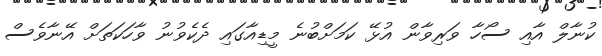
ކުނާލް އާއި ސޯހާ ވަރިވާން އުޅޭ ކަމަށްބުނެ މީޑިއާގައި ދެކެވުނު ވާހަކަތަށް އޭނާވެސް